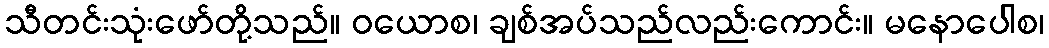
သီတင်းသုံးဖော်တို့သည်။ ဝယောစ၊ ချစ်အပ်သည်လည်းကောင်း။ မနောပေါစ၊